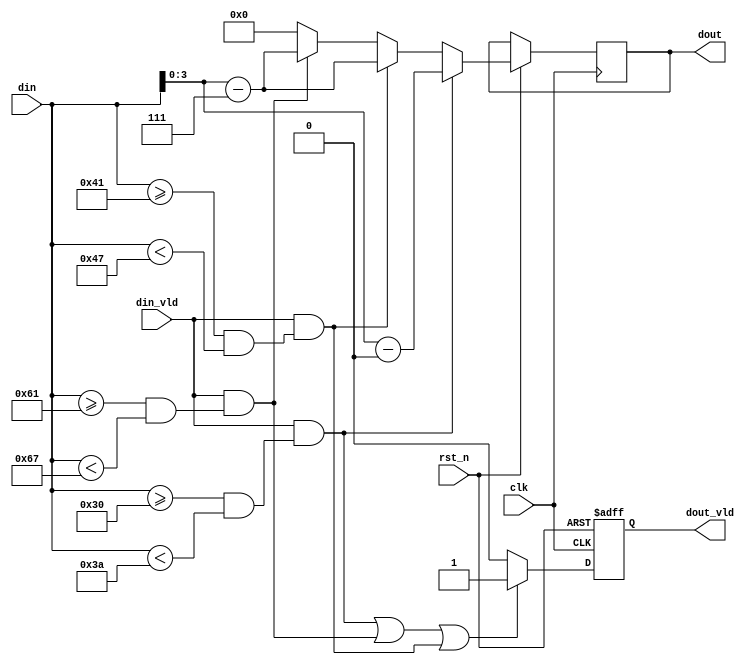
module asscii2hex(
               clk      ,
               rst_n    ,
               din      ,
               din_vld  ,
               dout     ,
               dout_vld  
 );

 input              clk     ;
 input              rst_n   ;
 input [7:0]        din     ;
 input              din_vld ;
 output reg [3:0]   dout    ;
 output reg         dout_vld;

wire con_shuzi;
wire con_lowcase;
wire con_upcase;

 always  @(posedge clk or negedge rst_n)begin
     if(rst_n==1'b0)begin
     end
     else if(con_shuzi)begin
         dout <= (din - 48);
     end
     else if(con_upcase)begin
         dout <= (din - 8'd55);
     end
     else if(con_lowcase) begin
         dout <= (din - 8'd87);
     end
     else begin
         dout <= 0;
     end
 end

 always  @(posedge clk or negedge rst_n)begin
     if(rst_n==1'b0)begin
         dout_vld <= 0;
     end
     else if(con_shuzi || con_lowcase || con_upcase)begin
         dout_vld <= 1;
     end
     else begin 
         dout_vld <= 0;
     end
 end
 



 assign con_shuzi = din_vld && (din >= 48 && din < 58);
 assign con_upcase = din_vld && (din >= 65 && din < 71);
 assign con_lowcase = din_vld && (din >= 97 && din < 103);

endmodule